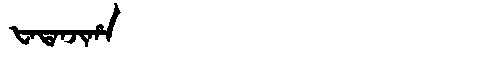
Manchu: ᡶᠠᡨᠠᠨᠵᡳᡥᠠ
Romanization: FATANJIHA